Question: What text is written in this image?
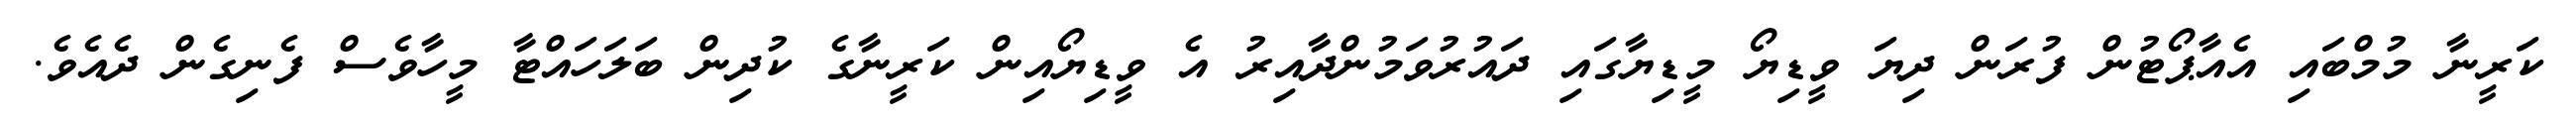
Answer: ކަރީނާ މުމްބައި އެއާޕޯޓުން ފުރަން ދިޔަ ވީޑިޔޯ މީޑިޔާގައި ދައުރުވަމުންދާއިރު އެ ވީޑިޔޯއިން ކަރީނާގެ ކުދިން ބަލަހައްޓާ މީހާވެސް ފެނިގެން ދެއެވެ.